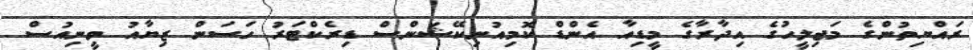
ރައްޔިތުންގެ މަޖިލީހުގެ އިދާރާގެ މީޑިއާ އެންޑް ކޮމިއުނިކޭޝަންސް ޑިރެކްޓަރު ހަސަން ޒިޔާއު ވީނިއުސް